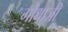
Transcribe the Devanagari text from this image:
गोधाजी